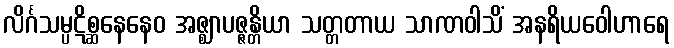
လိင်္ဂသမ္ပဋိစ္ဆနေနေဝ အဇ္ဈာပဇ္ဇန္တိယာ သတ္တတာယ သာဏဝါသိံ အနရိယဝေါဟာရေ